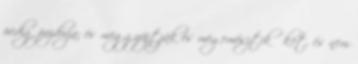
pedig pozdorja; és meggyújtják és megemésztik őket, és nem